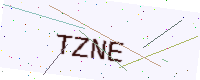
Text: TZNE